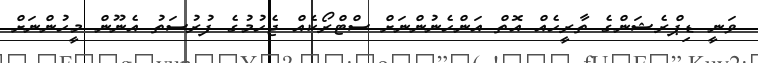
ވަނީ ޑިޕްރެޝަންގެ ތާރީހެއް އޮތް އަންހެނުންނަށް ސްޓްރޯކެއް ޖެހުމުގެ ފުރުސަތު އެނޫން މީހުންނަށް